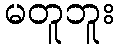
မတူဘူး